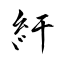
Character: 紆